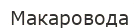
Макаровода